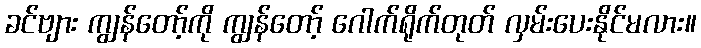
ခင်ဗျား ကျွန်တော့်ကို ကျွန်တော့် ဂေါက်ရိုက်တုတ် လှမ်းပေးနိုင်မလား။